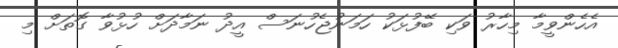
އެހެންވީމާ މިހާރު ވަކި ބޭފުޅަކު ހަމަނުޖެހުނަސް އީދު ނަމާދަށް ހުޅުވާ ގޮތަށް މި